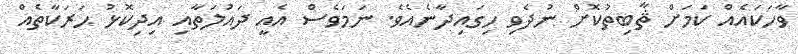
ވާހަކައެއް ކަމަށް ޘާބިތުކޮށް ނުދެވި ހިގައިދާނެއެވެ. ނަމަވެސް އެއީ ދައުލަތާއި އިދިކޮޅު ޙަރަކާތެއް